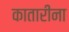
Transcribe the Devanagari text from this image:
कातारीना